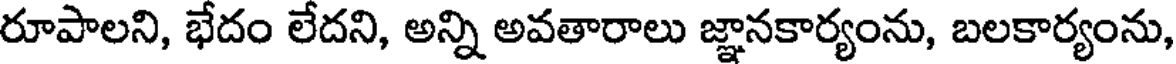
రూపాలని, భేదం లేదని, అన్ని అవతారాలు జ్ఞానకార్యంను, బలకార్యంను,